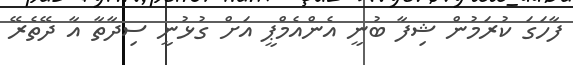
ފާހަގަ ކުރަމުން ޝިފާ ބުނީ އެންއެމްޕީ އަށް ގުޅުނީ ސިދާތާ އާ ދޭތެރޭ